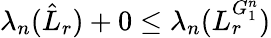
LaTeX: \lambda_{n}(\hat{L}_{r})+0\leq\lambda_{n}(L_{r}^{G_{1}^{n}})